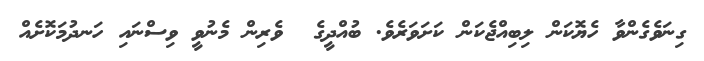
ގިނަވެގެންވާ ހެޔޮކަން ލިބިއްޖެކަން ކަށަވަރެވެ. ބުއްދީގެ  ވެރިން މެނުވީ ވިސްނައި ހަނދުމަކޮށެއް